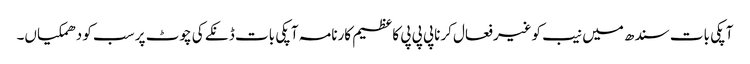
آپکی بات سندھ میں نیب کوغیرفعال کرناپی پی پی کاعظیم کارنامہ آپکی بات ڈنکے کی چوٹ پر سب کو دھمکیاں۔